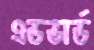
এডভার্ড